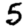
Digit: 5